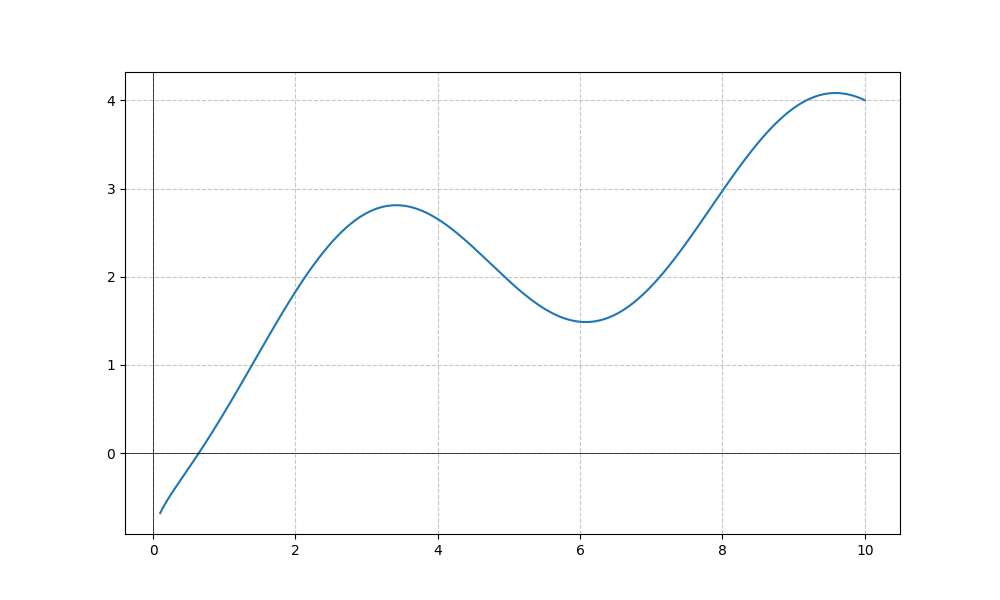
LaTeX formula: \sqrt{x} - \cos{\left(x \right)}